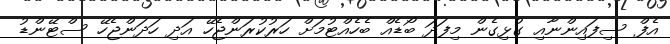
އެފް ސިފައިންނާއި ގުޅިގެން މިފަދަ ބޯޑެއް ބެހެއްޓުމަށް ހަރުކުރަންޖެހޭ އަދި ހަދަންޖެހޭ ސްޓޭންޑު